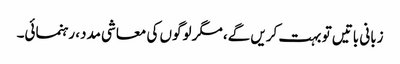
زبانی باتیں تو بہت کریں گے، مگر لوگوں کی معاشی مدد، رہنمائی۔